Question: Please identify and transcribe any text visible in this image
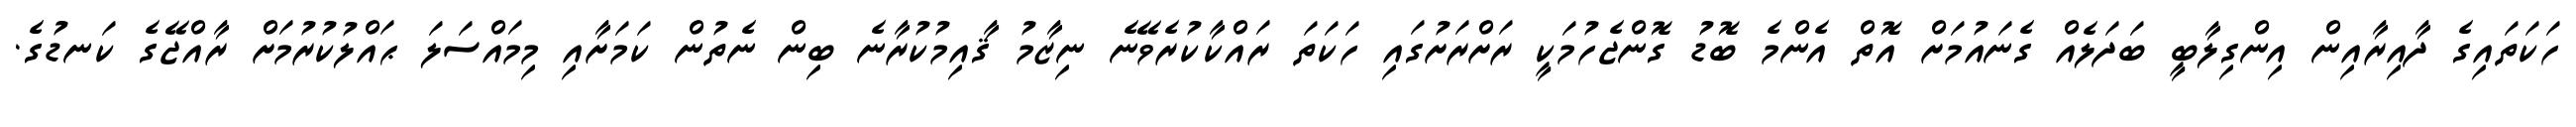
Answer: ހަކަތައިގެ ދާއިރާއިން އިންގިލާބީ ބަދަލެއް ގެނައުމަށް އޮތް އެންމެ ބޮޑު ގޮންޖެހުމަކީ ރަށްރަށުގައި ހަކަތަ ރައްކާކުރެވޭނެ ނިޒާމު ޤާއިމުކުރާނެ ބިން ނެތުން ކަމަށާއި މިމައްސަލަ ޙައްލުކުރުމަށް ރާއްޖޭގެ ކަނޑުގެ.